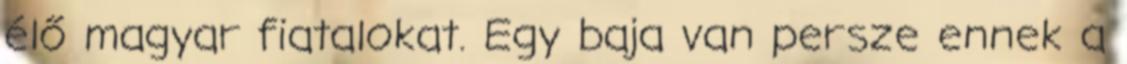
élő magyar fiatalokat. Egy baja van persze ennek a